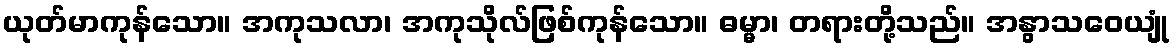
ယုတ်မာကုန်သော။ အကုသလာ၊ အကုသိုလ်ဖြစ်ကုန်သော။ ဓမ္မာ၊ တရားတို့သည်။ အနွာသဝေယျုံ